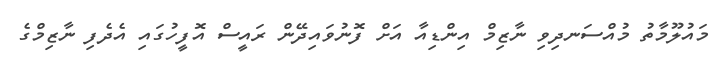
މައުލޫމާތު މުއްސަނދިވި ނާޒިމް އިންޑިއާ އަށް ފޮނުވައިދޭން ރައީސް އޮފީހުގައި އެދެފި ނާޒިމްގެ